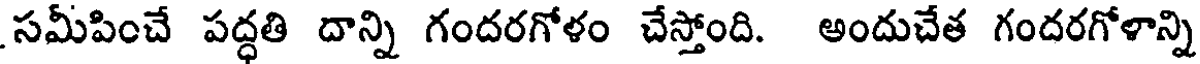
సమీపించే పద్ధతి దాన్ని గందరగోళం చేస్తోంది. అందుచేత గందరగోళాన్ని